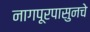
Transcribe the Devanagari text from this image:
नागपूरपासुनचे